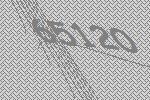
65120